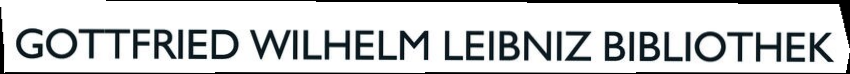
GOTTFRIED WILHELM LEIBNIZ BIBLIOTHEK